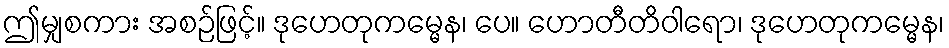
ဤမျှစကား အစဉ်ဖြင့်။ ဒုဟေတုကမ္မေန၊ ပေ။ ဟောတီတိဝါရော၊ ဒုဟေတုကမ္မေန၊